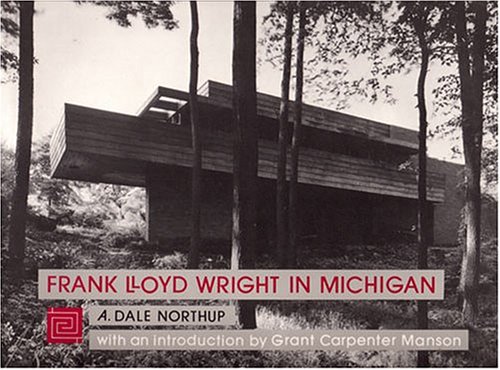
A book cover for Frank Lloyd Wright in Michigan (Michigan Monographs); A. Dale Northup; Crafts, Hobbies & Home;